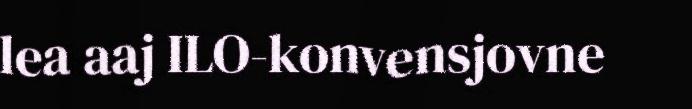
lea aaj ILO-konvensjovne